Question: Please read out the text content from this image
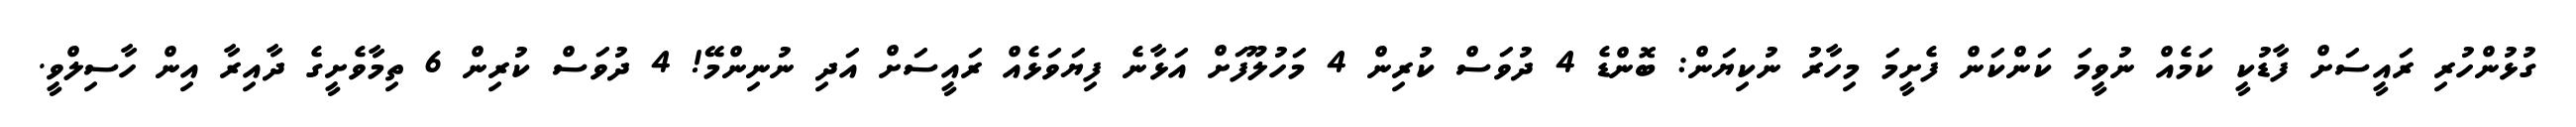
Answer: ގުޅުންހުރި ރައީސަށް ފާޑުކީ ކަމެއް ނުވީމަ ކަންކަން ފެށީމަ މިހާރު ނުކިޔަން: ބޮންޑެ 4 ދުވަސް ކުރިން 4 މަހުލޫފަށް އަޅާނެ ފިޔަވަޅެއް ރައީސަށް އަދި ނުނިންމޭ! 4 ދުވަސް ކުރިން 6 ތިމާވެށީގެ ދާއިރާ އިން ހާސިލްވީ.